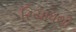
રિયાધથી